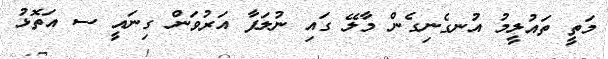
މަތީ ތައުލީމު އުނގެނިގެން މާލޭ ގައި ނުލަފާ އަރުވަން ގިނައީ ސ އަތޮޅު